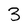
Character: 3